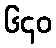
၆၄၀